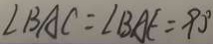
\angle B A C = \angle B A E = 9 0 ^ { \circ }